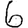
Digit: 6